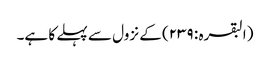
(البقرہ : ٢٣٩) کے نزول سے پہلے کا ہے۔